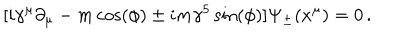
LaTeX: [ i \gamma ^ { \mu } \partial _ { \mu } - m \cos ( \phi ) \pm i m \gamma ^ { 5 } \sin ( \phi ) ] \Psi _ { \pm } ( x ^ { \mu } ) = 0 \, .